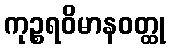
ကုဉ္စရဝိမာနဝတ္ထု